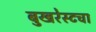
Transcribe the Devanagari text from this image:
बुखरेस्टचा